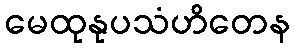
မေထုနုပသံဟိတေန